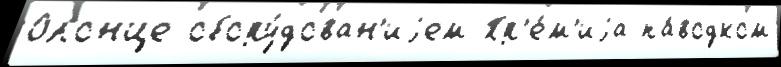
Олонце обору́дован'иjем Пр'е́м'иjа па́водком